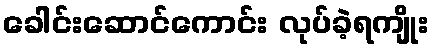
ခေါင်းဆောင်ကောင်း လုပ်ခဲ့ရကျိုး